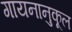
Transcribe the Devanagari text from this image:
गायनानुकूल